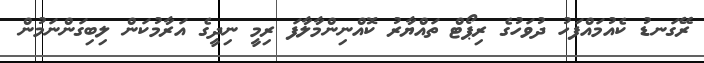
ރޭގަނޑު ކެއުމައްފަހު ދުވަހުގެ ރިޕޯޓް ތައްޔާރު ކޮއްނިންމާލާފަ ރިމީ ނިދީގެ އަރާމުކަން ލިބިގަންނަމުން